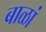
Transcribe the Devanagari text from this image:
बाळां